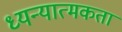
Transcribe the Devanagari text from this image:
ध्यन्यात्मकता